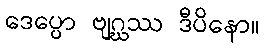
ဒေပ္ပော ဗျဂ္ဃဿ ဒီပိနော။